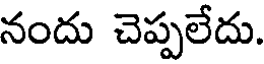
నందు చెప్పలేదు.